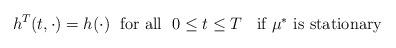
LaTeX: \begin{align*}h^{T}(t,\cdot) =h(\cdot) \; \mbox{ for all }\; 0 \le t \le T \;\; \mbox{ if $\mu^{*}$ is stationary }\end{align*}